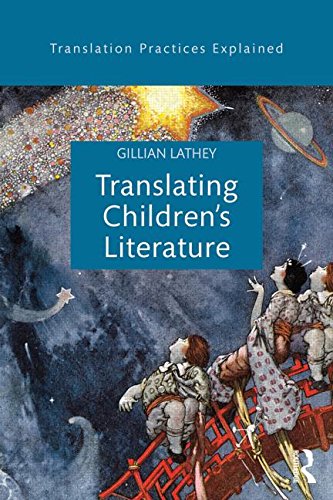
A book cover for Translating Children's Literature (Translation Practices Explained); Gillian Lathey; Reference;